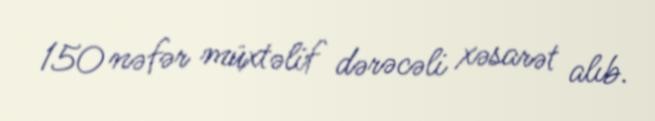
150 nəfər müxtəlif dərəcəli xəsarət alıb.